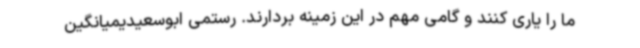
ما را یاری کنند و گامی مهم در این زمینه بردارند. رستمی ابوسعیدیمیانگین